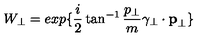
W _ { \perp } = e x p \{ \frac { i } { 2 } \tan ^ { - 1 } \frac { p _ { \perp } } { m } \mathrm { \boldmath \gamma } _ { \perp } \cdot { \bf p } _ { \perp } \}